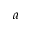
a